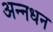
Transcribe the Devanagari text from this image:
अन्‍नधन